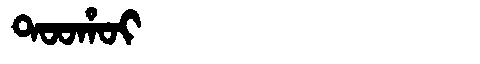
Manchu: ᡨᠣᠣᡥᠣᡳ
Romanization: TOOHOI